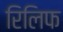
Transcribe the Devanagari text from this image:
रिलिफ